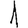
Digit: 1